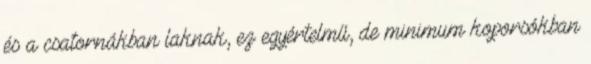
és a csatornákban laknak, ez egyértelmű, de minimum koporsókban